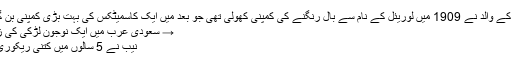
لیلیئن کے والد نے 1909 میں لوریئل کے نام سے بال رنگنے کی کمپنی کھولی تھی جو بعد میں ایک کاسمیٹکس کی بہت بڑی کمپنی بن گئی :-
→ سعودی عرب میں ایک نوجون لڑکی کی زندگی
نیب نے 5 سالوں میں کتنی ریکوری کی؟